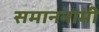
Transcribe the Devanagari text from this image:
समाननामी